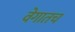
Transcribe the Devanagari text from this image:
वेगातच